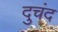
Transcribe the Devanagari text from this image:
दुचंद